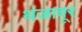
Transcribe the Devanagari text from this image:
थंजावूर